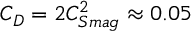
C _ { D } = 2 C _ { S m a g } ^ { 2 } \approx 0 . 0 5